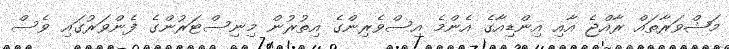
މަޝްވަރާތައް ރާއްޖެ އާއި އިންޑިއާގެ އެންމެ އިސްވެރިންގެ އިތުރުން މިނިސްޓަރުންގެ ފެންވަރުގައި ވެސް